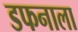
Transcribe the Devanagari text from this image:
डफनाला